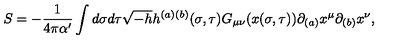
S = - \frac { 1 } { 4 \pi \alpha ^ { \prime } } \int d \sigma d \tau \sqrt { - h } h ^ { ( a ) ( b ) } ( \sigma , \tau ) G _ { \mu \nu } ( x ( \sigma , \tau ) ) \partial _ { ( a ) } x ^ { \mu } \partial _ { ( b ) } x ^ { \nu } ,